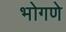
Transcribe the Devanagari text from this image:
भोगणे